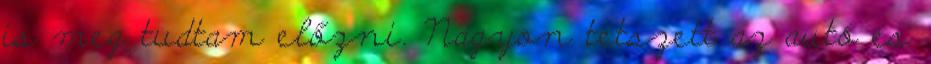
is meg tudtam előzni. Nagyon tetszett az autó és